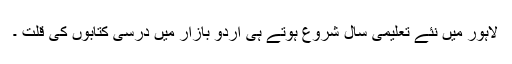
لاہور میں نئے تعلیمی سال شروع ہوتے ہی اردو بازار میں درسی کتابوں کی قلت ۔